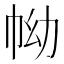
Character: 𢂊